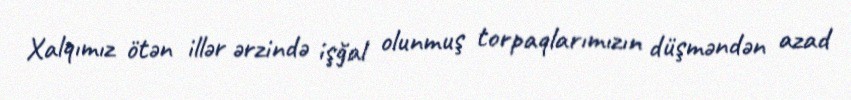
Xalqımız ötən illər ərzində işğal olunmuş torpaqlarımızın düşməndən azad